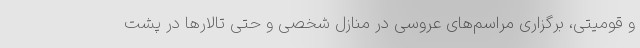
و قومیتی، برگزاری مراسم‌های عروسی در منازل شخصی و حتی تالارها در پشت